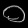
Digit: ၀